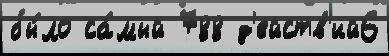
бы́ло са́мый 788 д'ейств'ий6